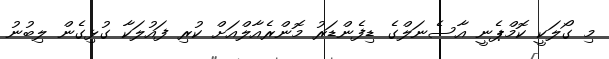
މި ގޯލަކީ ކޮމްޕެނީ އާސެނަލްގެ ޑިފެންޑަރު މޮންރެއާލްއަށް ކުރި ފައުލަކާ ގުޅިގެން ލިބުނު